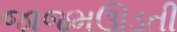
જાજમઊડતી